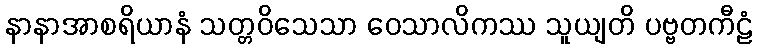
နာနာအာစရိယာနံ သတ္တဝိသေသာ ဝေသာလိကဿ သူယျတိ ပဗ္ဗတကီဠံ